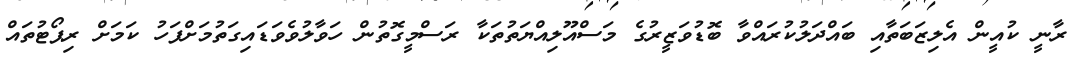
ރާނީ ކުއީން އެލިޒަބަތާއި ބައްދަލުކުރައްވާ ބޮޑުވަޒީރުގެ މަސްއޫލިއްޔަތުތަކާ ރަސްމީގޮތުން ހަވާލުވެވަޑައިގަތުމަށްފަހު ކަމަށް ރިޕޯޓުތައް